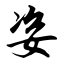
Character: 姿